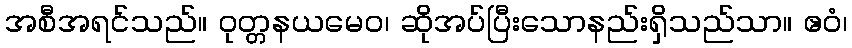
အစီအရင်သည်။ ဝုတ္တနယမေဝ၊ ဆိုအပ်ပြီးသောနည်းရှိသည်သာ။ ဧဝံ၊